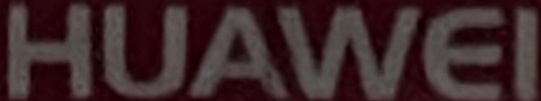
HUAWEI